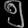
Digit: ၅